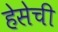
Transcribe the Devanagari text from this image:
हेसेची